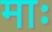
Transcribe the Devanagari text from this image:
माः